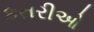
કતરીઓ